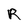
Character: R